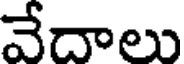
వేదాలు